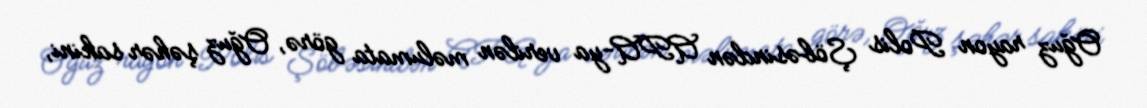
Oğuz rayon Polis Şöbəsindən APA-ya verilən məlumata görə, Oğuz şəhər sakini,